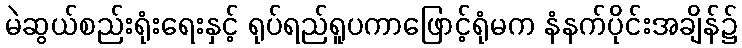
မဲဆွယ်စည်းရုံးရေးနှင့် ရုပ်ရည်ရူပကာဖြောင့်ရုံမက နံနက်ပိုင်းအချိန်၌